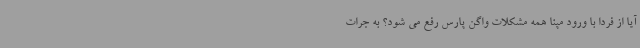
آیا از فردا با ورود مپنا همه مشکلات واگن پارس رفع می شود؟ به جرات